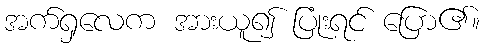
အက်ရှလေက အားယူ၍ ပြုံးရင် ပြော၏။